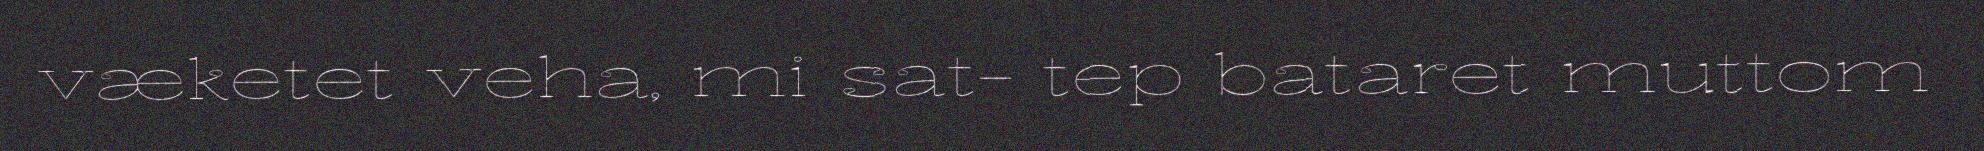
væketet veha, mi sat- tep bataret muttom